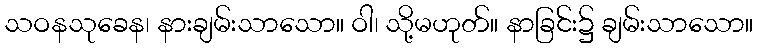
သဝနသုခေန၊ နားချမ်းသာသော။ ဝါ၊ သို့မဟုတ်။ နာခြင်း၌ ချမ်းသာသော။